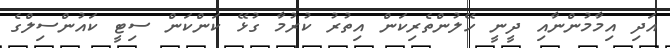
އަދި އިމާމުންނާއި ދީނީ ހޭލުންތެރިކަން އިތުރު ކުރުމާ ގުޅޭ ކަންކަން ސިޓީ ކައުންސިލްގެ